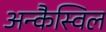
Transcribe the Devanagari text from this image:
अन्कैस्विल